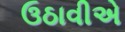
ઉઠાવીએ